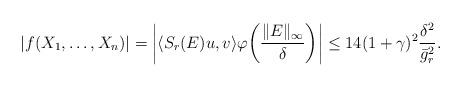
LaTeX: \begin{align*}|f(X_1,\dots, X_n)|= \biggl|\langle S_r(E)u,v\rangle \varphi \biggl(\frac{\|E\|_{\infty}}{\delta}\biggr)\biggr|\leq 14(1+\gamma)^2 \frac{\delta^2}{\bar g_r^2}.\end{align*}